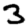
Digit: 3